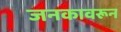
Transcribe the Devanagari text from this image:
जनकावरून